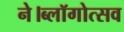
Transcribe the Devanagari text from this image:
ने।ब्लॉगोत्सव